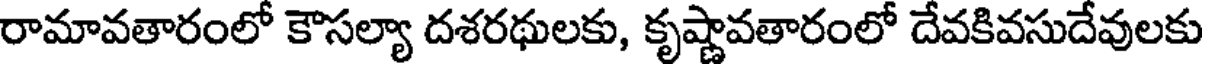
రామావతారంలో కౌసల్యా దశరథులకు, కృష్ణావతారంలో దేవకివసుదేవులకు